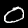
Digit: 0